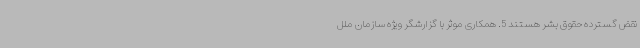
نقض گسترده حقوق بشر هستند 5. همکاری موثر با گزارشگر ویژه سازمان ملل